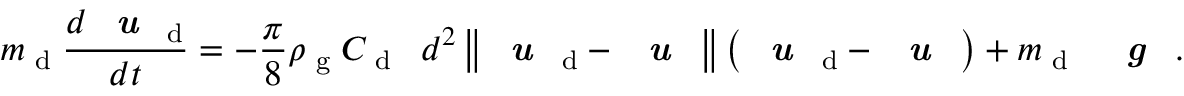
m _ { \textup { d } } \frac { d { \textbf { \textit { u } } } _ { \mathrm { d } } } { d t } = - \frac { \pi } { 8 } \rho _ { \textup { g } } C _ { \textup { d ~ } } d ^ { 2 } \left\| \textbf { \textit { u } } _ { \mathrm { d } } - \textbf { \textit { u } } \right\| \left( \textbf { \textit { u } } _ { \mathrm { d } } - \textbf { \textit { u } } \right) + m _ { \textup { d ~ } } \textbf { \textit { g } } .